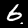
Digit: 6